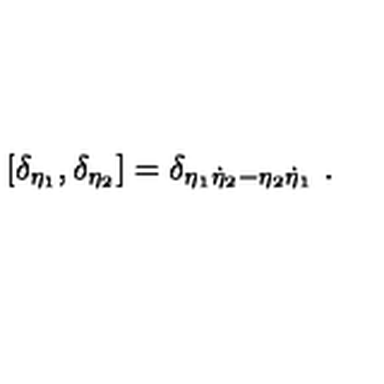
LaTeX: \left[ \delta _ { \eta _ { 1 } } , \delta _ { \eta _ { 2 } } \right] = \delta _ { \eta _ { 1 } \dot { \eta } _ { 2 } - \eta _ { 2 } \dot { \eta } _ { 1 } } \ .